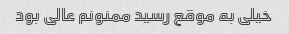
خیلی به موقع رسید ممنونم عالی بود